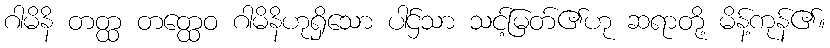
ဂါမိနိ တတ္ထ တတ္ထေဝ ဂါမိနိဟုရှိသော ပါဌ်သာ သင့်မြတ်၏ဟု ဆရာတို့ မိန့်ကုန်၏။